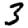
Digit: 3